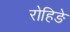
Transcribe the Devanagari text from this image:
रोहिङे